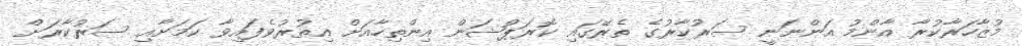
މުޒާހަރާކުރާ އާންމު އަންނަނީ ސަރުކާރުގެ ތެރޭގައި ކޮރަޕްޝަން އިންތިހާއަށް އިތުރުވެފައިވާ ކަމަށާއި ސަރުކާރަށް